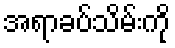
အရာခပ်သိမ်းကို